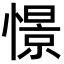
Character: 憬